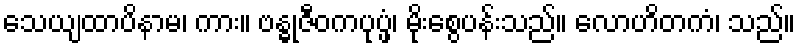
သေယျထာပိနာမ၊ ကား။ ဗန္ဓုဇီဝကပုပ္ဖံ၊ မိုးစွေပန်းသည်။ လောဟိတကံ၊ သည်။